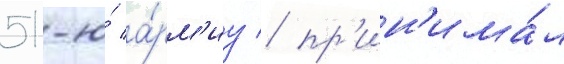
51-ю́ а́рм'иу / пр'ин'има́л